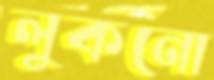
লুকনো